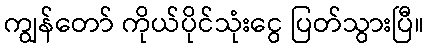
ကျွန်တော် ကိုယ်ပိုင်သုံးငွေ ပြတ်သွားပြီ။